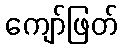
ကျော်ဖြတ်